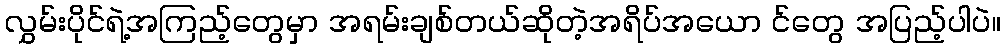
လွှမ်းပိုင်ရဲ့အကြည့်တွေမှာ အရမ်းချစ်တယ်ဆိုတဲ့အရိပ်အယော င်တွေ အပြည့်ပါပဲ။